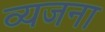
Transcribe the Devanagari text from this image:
व्यजना